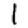
Digit: 1